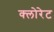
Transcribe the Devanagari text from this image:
क्‍लोरेट